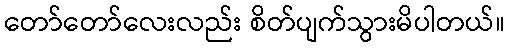
တော်တော်လေးလည်း စိတ်ပျက်သွားမိပါတယ်။